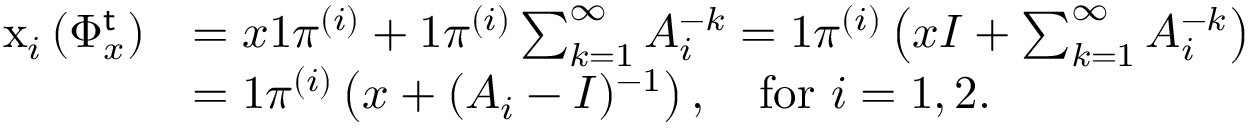
\begin{array} { r l } { \mathrm { x } _ { i } \left( \Phi _ { x } ^ { \mathsf { t } } \right) } & { = x \mathrm { 1 } \pi ^ { ( i ) } + \mathrm { 1 } \pi ^ { ( i ) } \sum _ { k = 1 } ^ { \infty } A _ { i } ^ { - k } = \mathrm { 1 } \pi ^ { ( i ) } \left( x I + \sum _ { k = 1 } ^ { \infty } A _ { i } ^ { - k } \right) } \\ & { = \mathrm { 1 } \pi ^ { ( i ) } \left( x + ( A _ { i } - I ) ^ { - 1 } \right) , \quad \mathrm { f o r ~ } i = 1 , 2 . } \end{array}